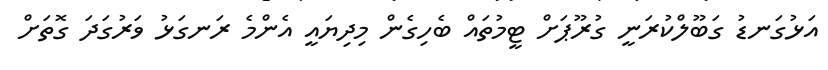
އަޅުގަނޑު ގަބޫލްކުރަނީ ގުރޫޕަށް ޓީމުތައް ބެހިގެން މިދިޔައީ އެންމެ ރަނގަޅު ވަރުގަދަ ގޮތަށް